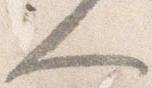
人